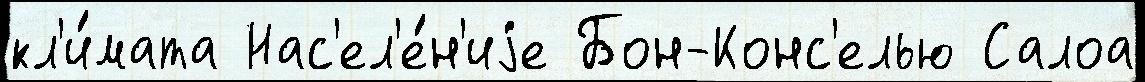
кл'и́мата Нас'ел'е́н'иjе Бон-Конс'елью Салоа